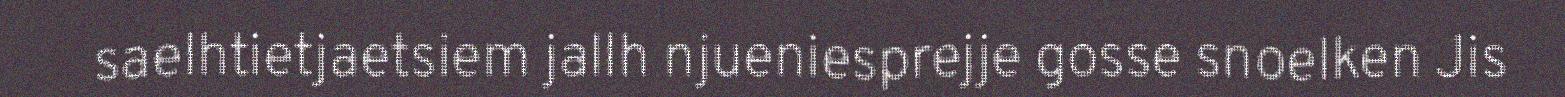
saelhtietjaetsiem jallh njueniesprejje gosse snoelken Jis